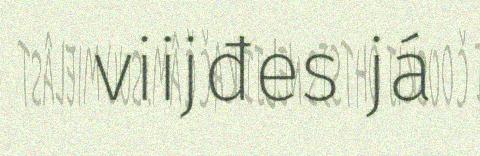
viijđes já